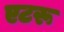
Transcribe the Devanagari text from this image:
एटरू